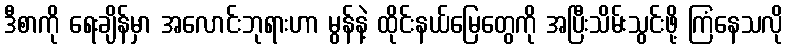
ဒီစာကို ရေးချိန်မှာ အလောင်းဘုရားဟာ မွန်နဲ့ ထိုင်းနယ်မြေတွေကို အပြီးသိမ်းသွင်းဖို့ ကြံနေသလို